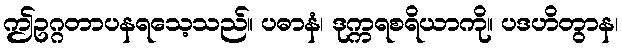
ဤဥဂ္ဂတာပနရသေ့သည်။ ပဓာနံ၊ ဒုက္ကရစရိယာကို။ ပဒဟိတွာန၊